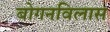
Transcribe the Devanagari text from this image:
बोगनविलास